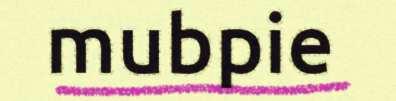
mubpie